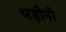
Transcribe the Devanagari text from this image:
भड़ौनी